Annual report on the working of the mental hospitals in the Madras Presidency - 1912-1932
Year: 1912
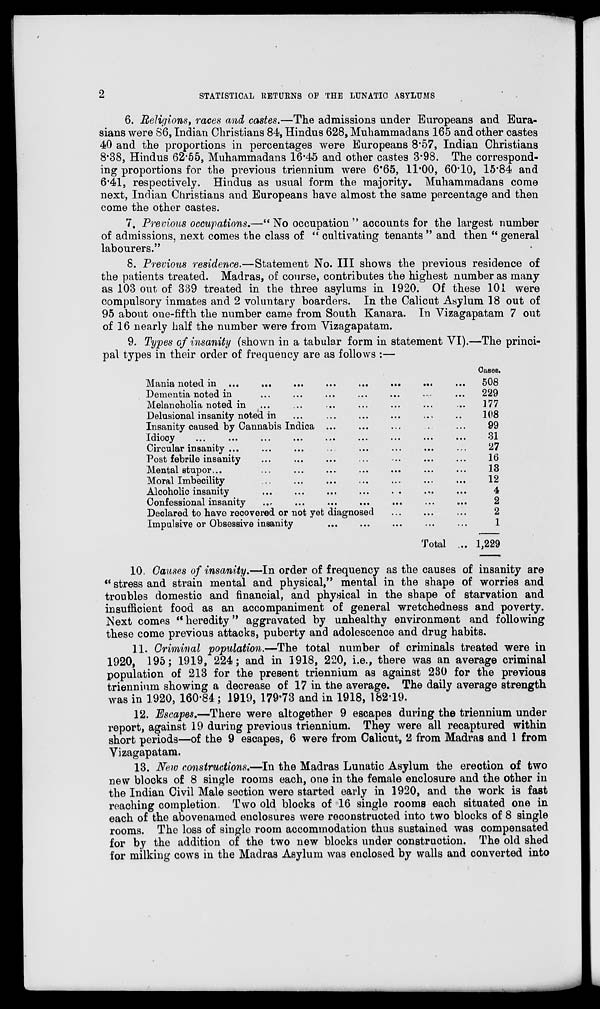
2
STATISTICAL RETURNS OF THE LUNATIC ASYLUMS
6. Religions, races and castes.—The admissions under Europeans and Eura-
sians were 86, Indian Christians 84, Hindus 628, Muhammadans 165 and other castes
40 and the proportions in percentages were Europeans 8.57, Indian Christians
8.38, Hindus 62.55, Muhammadans 16.45 and other castes 3.98. The correspond-
ing proportions for the previous triennium were 6.65, 11.00, 60.10, 15.84 and
6.41, respectively. Hindus as usual form the majority, Muhammadans come
next, Indian Christians and Europeans have almost the same percentage and then
come the other castes.
7. Previous occupations.—" No occupation " accounts for the largest number
of admissions, next comes the class of " cultivating tenants " and then " general
labourers."
8. Previous residence.—Statement No. III shows the previous residence of
the patients treated. Madras, of course, contributes the highest number as many
as 103 out of 339 treated in the three asylums in 1920. Of these 101 were
compulsory inmates and 2 voluntary boarders. In the Calicut Asylum 18 out of
95 about one-fifth the number came from South Kanara. In Vizagapatam 7 out
of 16 nearly half the number were from Vizagapatam.
9. Types of insanity (shown in a tabular form in statement VI).—The princi-
pal types in their order of frequency are as follows :—
Mania noted in ... ... ... ... ... ... ... ... ... ...
Dementia noted in ... ... ... ... ... ... ... ... ... ...
Melancholia noted in ... ... ... ... ... ... ... ... ... ...
Delusional insanity noted in ... ... ... ... ... ... ... ...
Insanity caused by Cannabis Indica ... ... ... ... ... ...
Idiocy ... ... ... ... ... ... ... ... ... ...
Circular insanity ... ... ... ... ... ... ... ... ... ... ...
Post febrile insanity ... ... ... ... ... ... ... ... ... ...
Mental stupor ... ... ... ... ... ... ... ... ... ...
Moral Imbecility ... ... ... ... ... ... ... ... ... ...
Alcoholic insanity ... ... ... ... ... ... ... ... ... ...
Confessional insanity ... ... ... ... ... ... ... ... ... ...
Declared to have recovered or not yet diagnosed ... ... ... ...
Impulsive or Obsessive insanity ... ... ... ... ... ... ...
Total ...
Cases.
508
229
177
108
99
31
27
16
13
12
4
2
2
1
1,229
10. Causes of insanity.—In order of frequency as the causes of insanity are
" stress and strain mental and physical,'' mental in the shape of worries and
troubles domestic and financial, and physical in the shape of starvation and
insufficient food as an accompaniment of general wretchedness and poverty.
Next comes "heredity" aggravated by unhealthy environment and following
these come previous attacks, puberty and adolescence and drug habits.
11. Criminal population.—The total number of criminals treated were in
1920, 195; 1919, 224; and in 1918, 220, i.e., there was an average criminal
population of 213 for the present triennium as against 230 for the previous
triennium showing a decrease of 17 in the average. The daily average strength
was in 1920, 160.84; 1919, 179.73 and in 1918, 182.19.
12. Escapes.—There were altogether 9 escapes during the triennium under
report, against 19 during previous triennium. They were all recaptured within
short periods—of the 9 escapes, 6 were from Calicut, 2 from Madras and 1 from
Vizagapatam.
13. New constructions.—In the Madras Lunatic Asylum the erection of two
new blocks of 8 single rooms each, one in the female enclosure and the other in
the Indian Civil Male section were started early in 1920, and the work is fast
reaching completion. Two old blocks of 16 single rooms each situated one in
each of the abovenamed enclosures were reconstructed into two blocks of 8 single
rooms. The loss of single room accommodation thus sustained was compensated
for by the addition of the two new blocks under construction. The old shed
for milking cows in the Madras Asylum was enclosed by walls and converted into